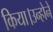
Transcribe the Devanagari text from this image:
किया।उन्होने